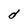
Character: d